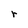
Character: r